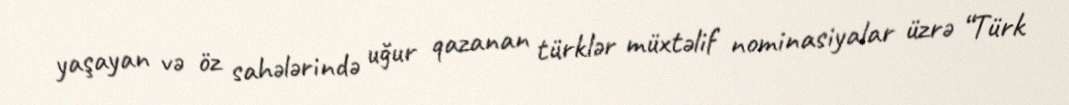
yaşayan və öz sahələrində uğur qazanan türklər müxtəlif nominasiyalar üzrə “Türk